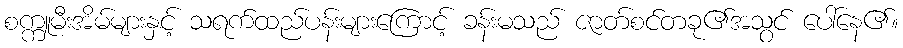
စက္ကူမီးအိမ်များနှင့် သရက်ထည်ပန်းများကြောင့် ခန်းမသည် ဇာတ်စင်တခု၏အသွင် ပေါ်နေ၏။